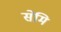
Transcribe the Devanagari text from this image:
सेमि